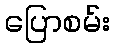
ပြောစမ်း